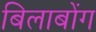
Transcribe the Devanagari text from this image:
बिलाबोंग